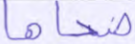
ضحاها